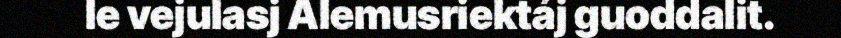
le vejulasj Alemusriektáj guoddalit.